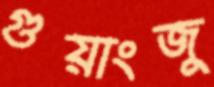
গুয়াংজু